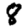
Digit: 8